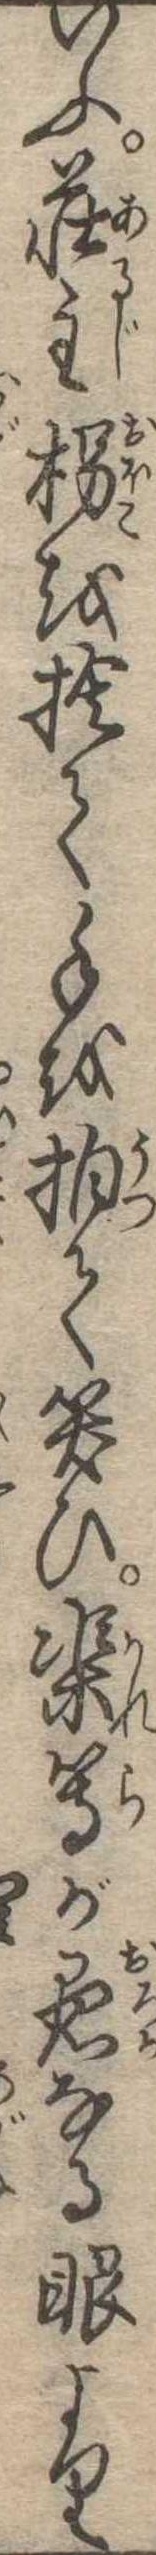
いふ荘主枴を捨て手を拍て笑ひ渠等が愚なる眼より